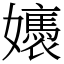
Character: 㜵